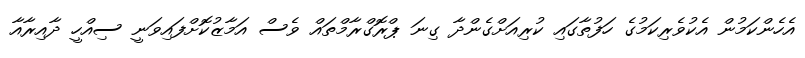
އެހެންކަމުން އެކުވެރިކަމުގެ ހަފުތާގައި ކުރިއަށްގެންދާ ގިނަ ޕްރޮގްރާމްތައް ވެސް އަމާޒުކޮށްފައިވަނީ ސިއްހީ ދާއިރާއާ